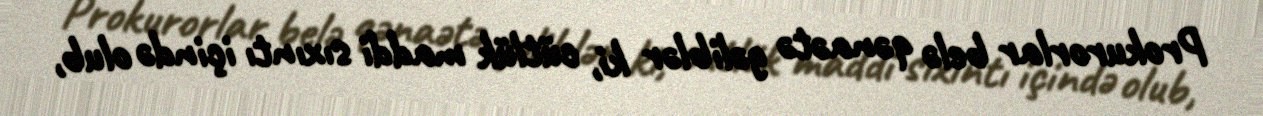
Prokurorlar belə qənaətə gəliblər ki, cütlük maddi sıxıntı içində olub,